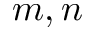
m , n